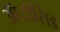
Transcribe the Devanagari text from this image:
अॅप्टॉसिड